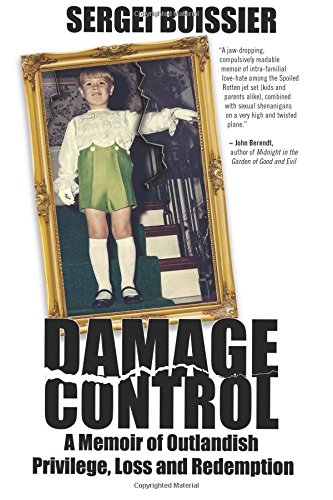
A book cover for Damage Control: A Memoir of Outlandish Privilege, Loss and Redemption; Sergei Boissier; Gay & Lesbian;